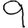
Digit: 9